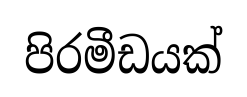
පිරමීඩයක්